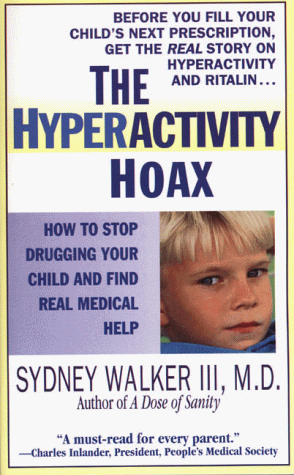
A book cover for The Hyperactivity Hoax: How to Stop Drugging Your Child and Find Real Medical Help; Sydney Walker; Parenting & Relationships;